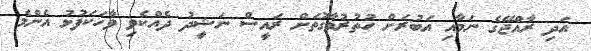
އަދި ރާއްޖޭގެ ނަމާއި އަބުރަށް ހުތުރުވާގޮތަށް ރައީސް ނަޝީދު ދެއްކެވި ވާހަކަފުޅު އެންމެ